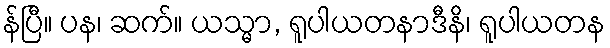
န်ပြီ။ ပန၊ ဆက်။ ယသ္မာ, ရူပါယတနာဒီနိ၊ ရူပါယတန